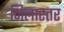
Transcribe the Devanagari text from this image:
जिलास्तर